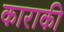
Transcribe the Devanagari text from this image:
काराकी